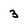
Character: 3